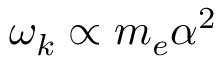
\omega _ { k } \propto { m _ { e } } \alpha ^ { 2 }